Burma Government Medical School reports 1907-22
Year: 1907
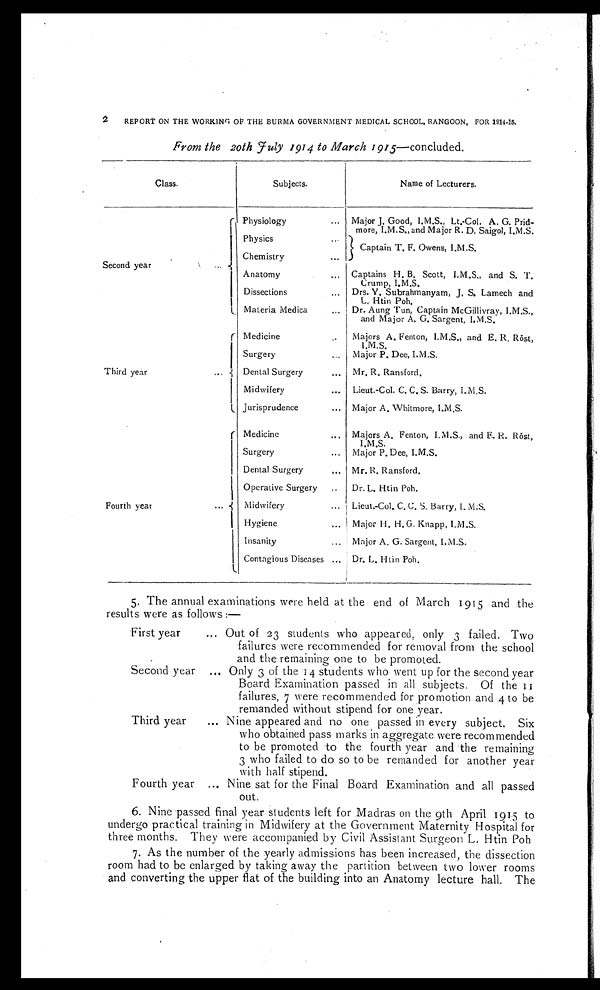
From the 20th July 1914 to March 1915—concluded.
Class.
Subjects.
Name of Lecturers.
Second year
Physiology
... Major J. Good, I.M.S., Lt.-Col. A. G. Prid-
more, I.M.S., and Major R. D. Saigol, I.M.S.
Physics
...
Captain T. F. Owens, I.M.S.
Chemistry
...
Anatomy
... Captains H. B. Scott, I.M.S., and S. T.
Crump, I.M.S.
Dissections
... Drs. Y. Subrahmanyam, J. S. Lamech and
L. Htin Poh.
Materia Medica
... Dr. Aung Tun, Captain McGillivray, I.M.S.,
and Major A. G. Sargent, I.M.S.
Third year
...
Medicine
..
Majors A. Fenton, I.M.S., and E. R. Röst,
I.M.S.
Surgery
... Major P. Dee, I.M.S.
Dental Surgery
... Mr. R. Ransford.
Midwifery
... Lieut.-Col. C. C. S. Barry, I.M.S.
Jurisprudence
... Major A. Whitmore, I.M.S.
Fourth year
... .
Medicine
... Majors A. Fenton, I. M.S., and E. R. Röst,
I.M.S.
Surgery
... Major P. Dee, I.M.S.
Dental Surgery
... Mr. R. Ransford.
Operative Surgery
..
Dr. L. Htin Poh.
Midwifery
... Lieut.-Col. C. C. S. Barry, I. M.S.
Hygiene
... Major H.H.G. Knapp, I.M.S.
Insanity
... Major A. G. Sargent, I.M.S.
Contagious Diseases ... Dr. L. Htin Poh.
5. The annual examinations were held at the end of March 1915 and the
results were as follows :—
First year
... Out of 23 students who appeared, only 3 failed. Two
failures were recommended for removal from the school
and the remaining one to be promoted.
Second year ... Only 3 of the 14 students who went up for the second year
Board Examination passed in all subjects. Of t h e 1 1
failures, 7 were recommended for promotion and 4 to be
remanded without stipend for one year.
Third year
... Nine appeared and no one passed in every subject. Six
who obtained pass marks in aggregate were recommended
to be promoted to the fourth year and the remaining
3 who failed to do so to be remanded for another year
with half stipend.
Fourth year ... Nine sat for the Final Board Examination and all passed
out.
6 . N i n e p a s s e d f i n a l y e a r s t u d e n t s l e f t f o r M a d r a s o n t h e 9 t h A p r i l 1 9 1 5 t o
undergo practical training in Midwifery at the Government Maternity Hospital for
three months. They were accompanied by Civil Assistant Surgeon L. Htin Poh
7 . A s t h e n u m b e r o f t h e y e a r l y a d m i s s i o n s h a s b e e n i n c r e a s e d , t h e d i s s e c t i o n
room had to be enlarged by taking away the partition between two lower rooms
and converting the upper flat of the building into an Anatomy lecture hall. The